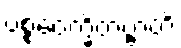
ပစ္စဝေက္ခိတဗ္ဗာတိ